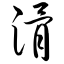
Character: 滑